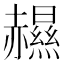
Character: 𧹽